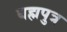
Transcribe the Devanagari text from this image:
बह्मपुत्र